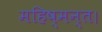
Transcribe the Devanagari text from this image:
महिष्मन्त।